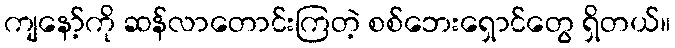
ကျနော့်ကို ဆန်လာတောင်းကြတဲ့ စစ်ဘေးရှောင်တွေ ရှိတယ်။